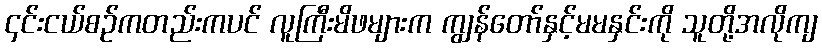
၄င်းငယ်စဉ်ကတည်းကပင် လူကြီးမိဖများက ကျွန်တော်နှင့်မမနှင်းကို သူတို့အလိုကျ